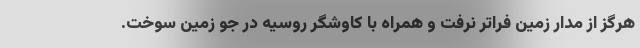
هرگز از مدار زمین فراتر نرفت و همراه با کاوشگر روسیه در جو زمین سوخت.